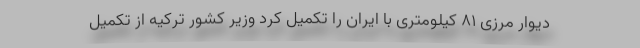
دیوار مرزی ۸۱ کیلومتری با ایران را تکمیل کرد وزیر کشور ترکیه از تکمیل